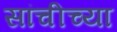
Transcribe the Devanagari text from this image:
सांचीच्या